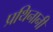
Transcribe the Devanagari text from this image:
प्रथिनानी